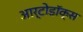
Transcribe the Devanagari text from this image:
आर्टोडॉक्स